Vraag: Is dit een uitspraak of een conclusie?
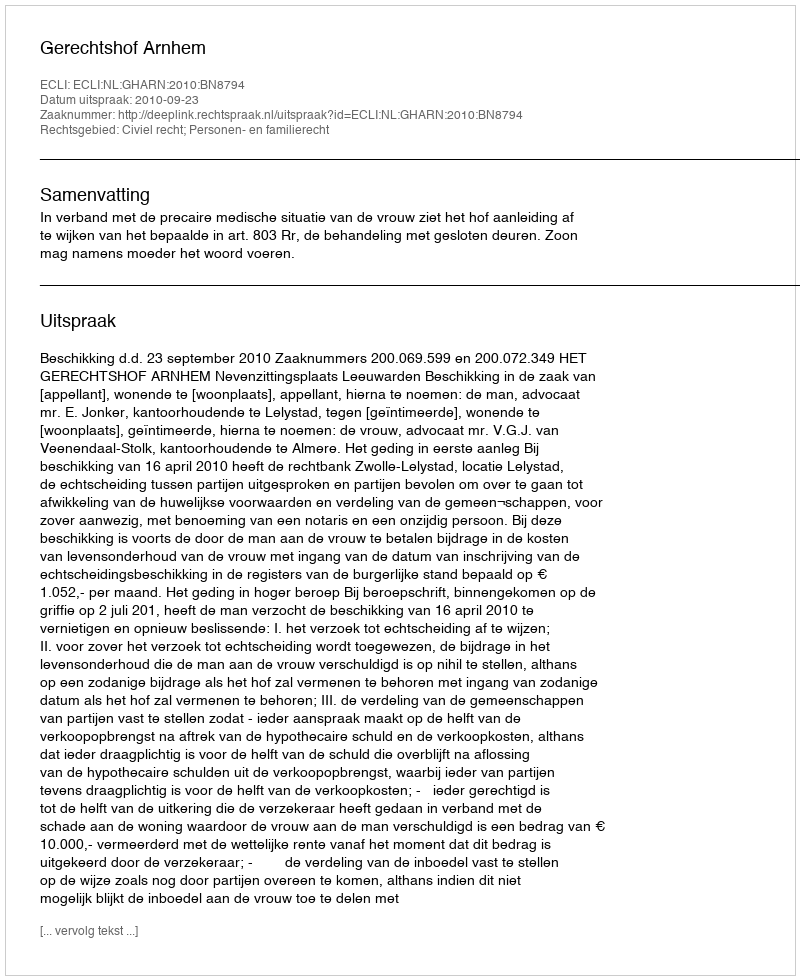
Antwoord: Uitspraak